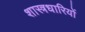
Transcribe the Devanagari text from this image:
शास्त्रधारियों